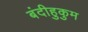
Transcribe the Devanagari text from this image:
बंदीहुकुम